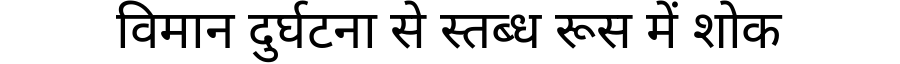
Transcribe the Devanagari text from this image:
विमान दुर्घटना से स्तब्ध रूस में शोक